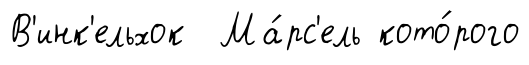
В'инк'ельхок Ма́рс'ель кото́рого